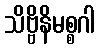
သိဗ္ဗိနိမစ္စဂါ